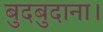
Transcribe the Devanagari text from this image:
बुदबुदाना।